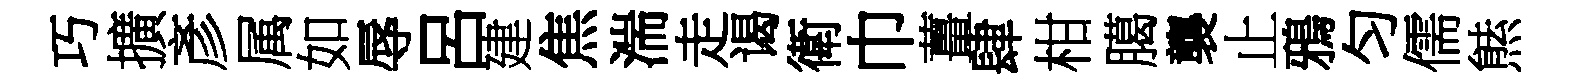
巧擴彥属如辱呂建焦湍走谒衛巾薑肆柑臈襲止鴉匀儒㷱